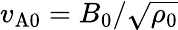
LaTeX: v_{\mathrm{A0}}=B_{0}/\sqrt{\rho_{0}}